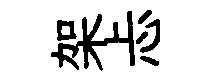
架忐